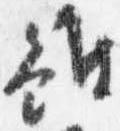
雖